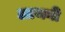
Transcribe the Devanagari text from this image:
आथनी